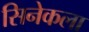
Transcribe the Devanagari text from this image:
सिनेकला